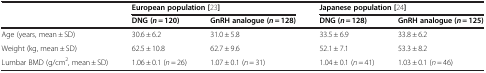
<table><thead><tr><td><b> </b></td><td colspan="2"><b>European population [23]</b></td><td colspan="2"><b>Japanese population [24]</b></td></tr><tr><td><b> </b></td><td><b>DNG (<i>n</i> = 120)</b></td><td><b>GnRH analogue (<i>n</i> = 128)</b></td><td><b>DNG (<i>n</i> = 128)</b></td><td><b>GnRH analogue (<i>n</i> = 125)</b></td></tr></thead><tbody><tr><td>Age (years, mean ± SD)</td><td>30.6 ± 6.2</td><td>31.0 ± 5.8</td><td>33.5 ± 6.9</td><td>33.8 ± 6.2</td></tr><tr><td>Weight (kg, mean ± SD)</td><td>62.5 ± 10.8</td><td>62.7 ± 9.6</td><td>52.1 ± 7.1</td><td>53.3 ± 8.2</td></tr><tr><td>Lumbar BMD (g/cm<sup>2</sup>, mean ± SD)</td><td>1.06 ± 0.1 (<i>n</i> = 26)</td><td>1.07 ± 0.1 (<i>n</i> = 31)</td><td>1.04 ± 0.1 (<i>n</i> = 41)</td><td>1.03 ± 0.1 (<i>n</i> = 46)</td></tr></tbody></table>